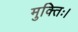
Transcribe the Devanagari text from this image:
मुक्तिः।